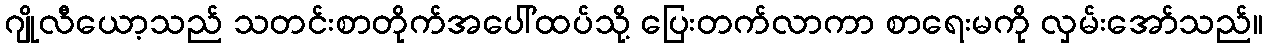
ဂျိုလီယော့သည် သတင်းစာတိုက်အပေါ်ထပ်သို့ ပြေးတက်လာကာ စာရေးမကို လှမ်းအော်သည်။